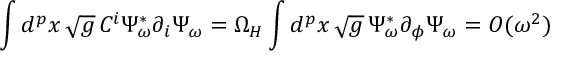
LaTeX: \int d ^ { p } x \, \sqrt { g } \, C ^ { i } \Psi _ { \omega } ^ { * } \partial _ { i } \Psi _ { \omega } = \Omega _ { H } \int d ^ { p } x \, \sqrt { g } \, \Psi _ { \omega } ^ { * } \partial _ { \phi } \Psi _ { \omega } \nonumber = { \cal O } ( \omega ^ { 2 } )